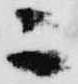
ニ